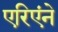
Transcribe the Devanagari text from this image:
एरिएंने